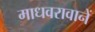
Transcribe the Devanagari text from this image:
माधवरावानें